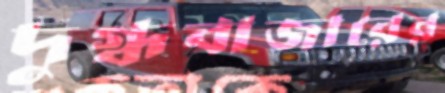
দুগ্ধবাজারের